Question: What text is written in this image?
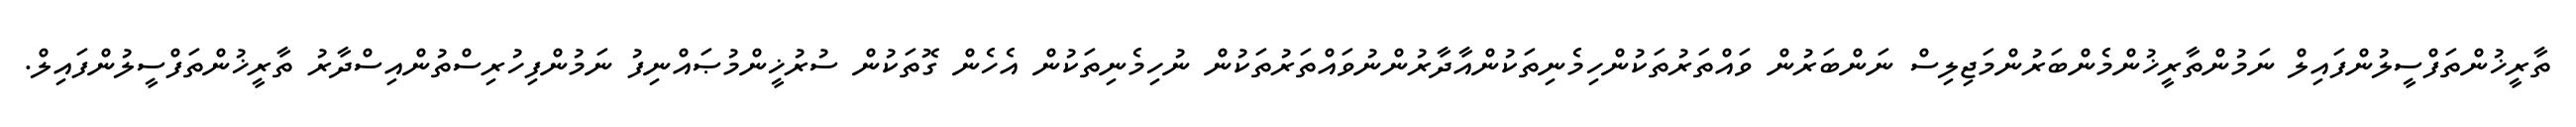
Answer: ތާރީޚުންތަފްސީލުންފައިލް ނަމުންތާރީޚުންމެންބަރުންމަޖިލިސް ނަންބަރުން ވައްތަރުތަކުންހިމެނިތަކުންއާދާރުންނުވައްތަރުތަކުން ނުހިމެނިތަކުން އެހެން ގޮތަކުން ސުރުޚީންމުޞައްނިފު ނަމުންފިހުރިސްތުންއިސްދާރު ތާރީޚުންތަފްސީލުންފައިލް.